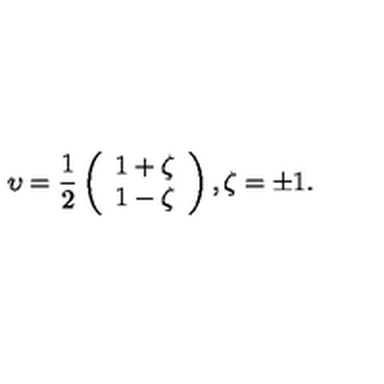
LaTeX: \upsilon = \frac { 1 } { 2 } \left( \begin{array} { c } { 1 + \zeta } \\ { 1 - \zeta } \\ \end{array} \right) , \zeta = \pm 1 .